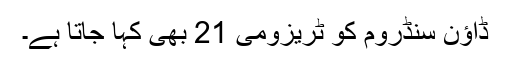
ڈاؤن سنڈروم کو ٹریزومی 21 بھی کہا جاتا ہے۔